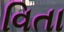
વિતા